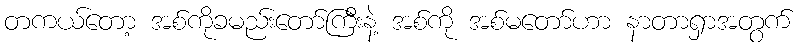
တကယ်တော့ အစ်ကိုခမည်းတော်ကြီးနဲ့ အစ်ကို အစ်မတော်ဟာ နာတာရှာအတွက်